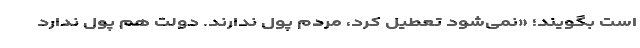
است بگویند؛ «نمی‌شود تعطیل کرد، مردم پول ندارند. دولت هم پول ندارد